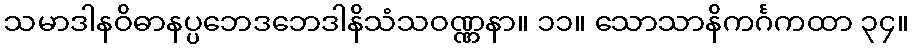
သမာဒါနဝိဓာနပ္ပဘေဒဘေဒါနိသံသဝဏ္ဏနာ။ ၁၁။ သောသာနိကင်္ဂကထာ ၃၄။